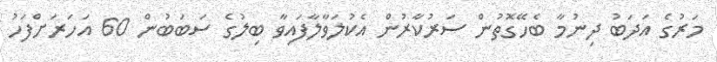
މަރުގެ އަދަބު ދިނުމާ ބެހޭގޮތުން ސަރުކާރުން އެކުލަވާލާފައިވާ ބިލުގެ ސަބަބުން 60 އަހަރަށްފަހު